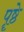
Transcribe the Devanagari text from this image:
पॄष्ठे